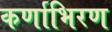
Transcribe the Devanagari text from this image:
कर्णाभिरण